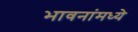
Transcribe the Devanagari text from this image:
भावनांमध्ये